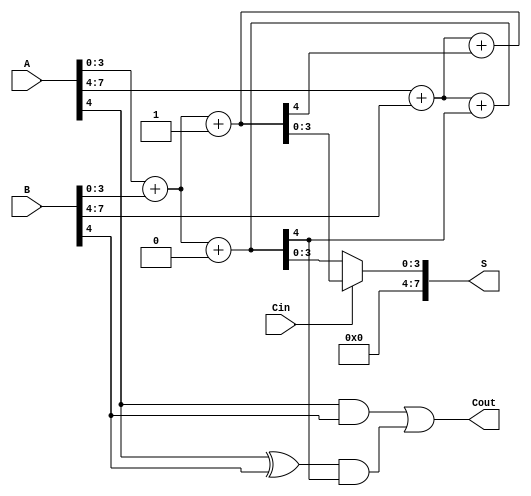
module CarrySelectAdder (
    input [7:0] A,        // 8-bit input A
    input [7:0] B,        // 8-bit input B
    input Cin,            // Carry-in
    output [7:0] S,       // 8-bit sum output
    output Cout           // Carry-out
);

    // Internal signals for carry and sum
    wire [3:0] S0, S1;    // Sum outputs for Cin = 0 and Cin = 1
    wire C0, C1;          // Carry outputs for Cin = 0 and Cin = 1
    wire G0, G1;          // Generate signals
    wire P0, P1;          // Propagate signals

    // Block 0 (LSB)
    assign {C0, S0} = A[3:0] + B[3:0] + 1'b0; // Sum and carry when Cin = 0
    assign {C1, S1} = A[3:0] + B[3:0] + 1'b1; // Sum and carry when Cin = 1

    // Block 1 (MSB)
    assign {C0, S0} = A[7:4] + B[7:4] + C0; // Sum and carry when Cin = C0
    assign {C1, S1} = A[7:4] + B[7:4] + C1; // Sum and carry when Cin = C1

    // Carry Lookahead Logic for Block 0
    assign G0 = A[3:0] & B[3:0]; // Generate for block 0
    assign P0 = A[3:0] ^ B[3:0]; // Propagate for block 0

    // Carry Lookahead Logic for Block 1
    assign G1 = A[7:4] & B[7:4]; // Generate for block 1
    assign P1 = A[7:4] ^ B[7:4]; // Propagate for block 1

    // Final Carry-out
    assign Cout = G1 | (P1 & C0); // Final carry-out based on block 1

    // Multiplexer for Sum Outputs
    assign S = (Cin) ? S1 : S0; // Select sum based on Cin

endmodule